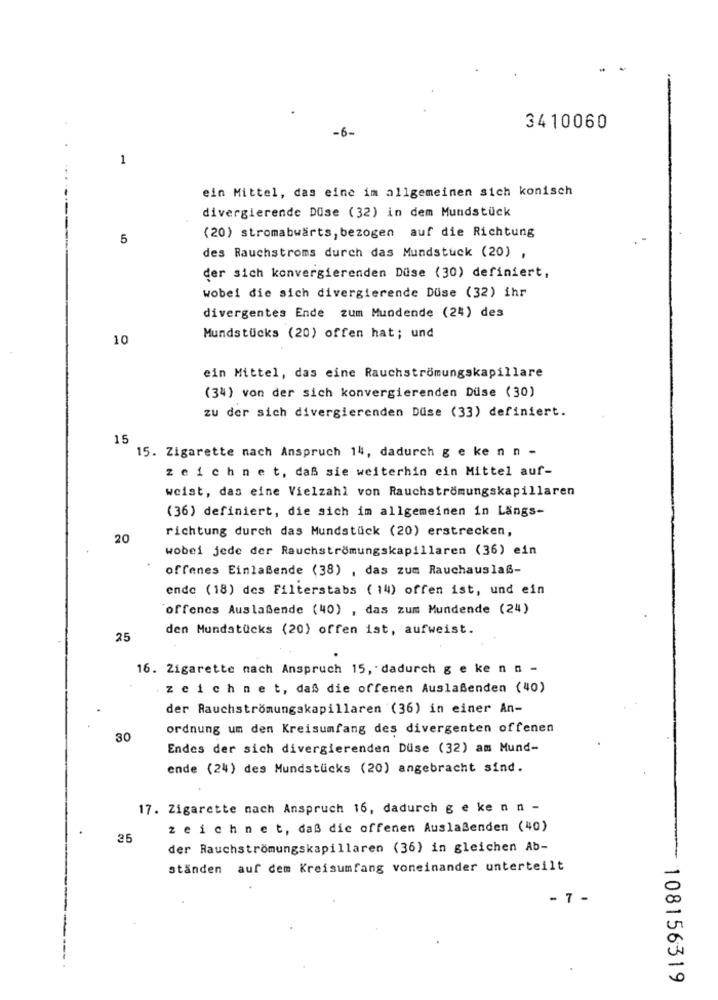
-6-
3410060
1
ein Mittel, das eine im allgemeinen sich konisch
divergierende Düse (32) in dem Mundstück
5
(20) stromabwärts, bezogen auf die Richtung
des Rauchstroms durch das Mundstuck (20) ,
der sich konvergierenden Düse (30) definiert,
wobei die sich divergierende Düse (32) ihr
divergentes Ende zum Mundende (24) des
10
Mundstücks (20) offen hat; und
ein Mittel, das eine Rauchströmungskapillare
(34) von der sich konvergierenden Düse (30)
zu der sich divergierenden Düse (33) definiert.
15
15. Zigarette nach Anspruch 14, dadurch g e ke n n -
zeichnet, daß sie weiterhin ein Mittel auf-
weist, das eine Vielzahl von Rauchströmungskapillaren
(36) definiert, die sich im allgemeinen in Längs-
richtung durch das Mundstück (20) erstrecken,
20
wobei jede der Rauchströmungskapillaren (36) ein
offenes Einlaßende (38) , das zum Rauchauslaß-
ende (18) des Filterstabs ( 14) offen ist, und ein
offenes Auslaßende (40) , das zum Mundende (24)
den Mundstücks (20) offen ist, aufweist.
25
16. Zigarette nach Anspruch 15, dadurch g e ke nn -
zeichnet, daß die offenen Auslaßenden (40)
der Rauchströmungskapillaren (36) in einer An-
ordnung um den Kreisumfang des divergenten offenen
30
Endes der sich divergierenden Düse (32) am Mund-
ende (24) des Mundstücks (20) angebracht sind.
17. Zigarette nach Anspruch 16, dadurch g e ke n n -
zeichnet, daß dic offenen Auslaßenden (40)
25
der Rauchströmungskapillaren (36) in gleichen Ab-
ständen auf dem Kreisumfang voneinander unterteilt
- 7 -
108156319